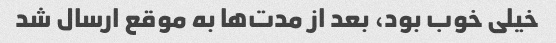
خیلی خوب بود، بعد از مدت‌ها به موقع ارسال شد